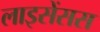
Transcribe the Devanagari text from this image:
लाइसेंसस